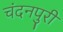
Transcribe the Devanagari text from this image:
चंदनपुरी